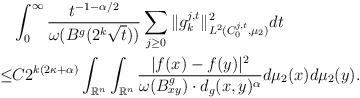
LaTeX: \begin{align*}&\int_{0}^{\infty}\frac{t^{-1-\alpha/2}}{\omega(B^g(2^k\sqrt {t})) }\sum_{j\geq 0} \| g_k^{j,t}\|^2_{L^2 (C_0^{j,t}, \mu_2)}dt \\\leq & C 2^{k(2\kappa+\alpha)} \int_{\mathbb{R}^n} \int_{\mathbb{R}^n}\frac{ |f(x)-f(y) |^2 }{\omega(B^g_{xy})\cdot d_g( x,y)^{\alpha}}d\mu_2(x)d\mu_2(y).\\ \end{align*}